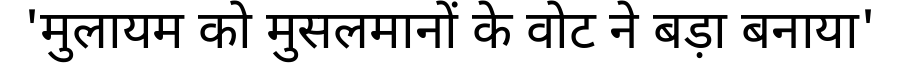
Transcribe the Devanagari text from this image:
'मुलायम को मुसलमानों के वोट ने बड़ा बनाया'